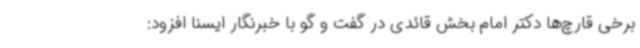
برخی قارچ‌ها دکتر امام بخش قائدی در گفت و گو با خبرنگار ایسنا افزود: